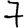
Digit: 7